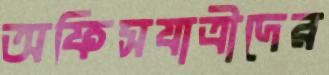
অফিসযাত্রীদের